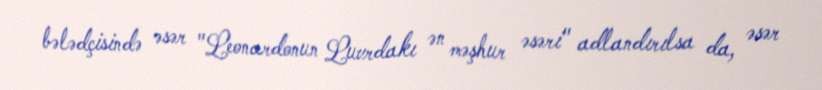
bələdçisində əsər "Leonardonun Luvrdakı ən məşhur əsəri" adlandırılsa da, əsər